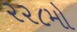
૨૨૮મો